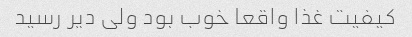
کیفیت غذا واقعا خوب بود ولی دیر رسید